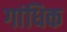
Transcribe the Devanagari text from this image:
गांधिक